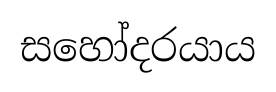
සහෝදරයාය